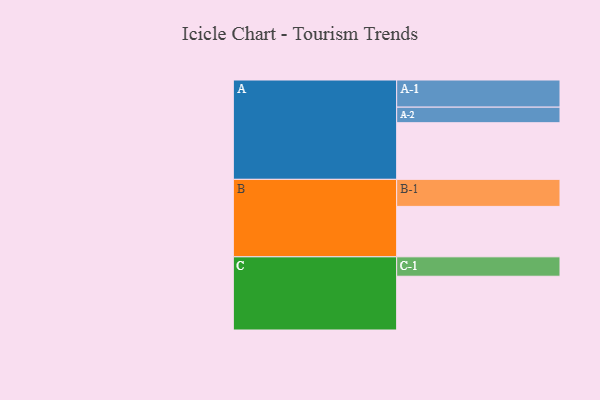
{"axis": {"x": "Segment", "y": "Value"}, "legend": ["", "A", "B", "C"], "data": [{"x": "A", "y": 528, "type": ""}, {"x": "B", "y": 470, "type": ""}, {"x": "C", "y": 501, "type": ""}, {"x": "A-1", "y": 253, "type": "A"}, {"x": "A-2", "y": 145, "type": "A"}, {"x": "B-1", "y": 252, "type": "B"}, {"x": "C-1", "y": 181, "type": "C"}]}